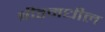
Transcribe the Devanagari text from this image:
बीडमधील